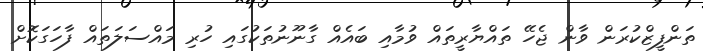
ތަންފީޒްކުރަން ވާން ޖެހޭ ތައްޔާރީތައް ވުމާއި ބައެއް ގާނޫނުތަކުގައި ހުރި މައްސަލަތައް ފާހަގަކޮށް